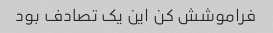
فراموشش کن این یک تصادف بود